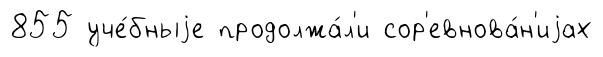
855 уче́бныjе продолжа́л'и сор'евнова́н'иjах